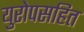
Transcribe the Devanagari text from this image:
युरोपसहित